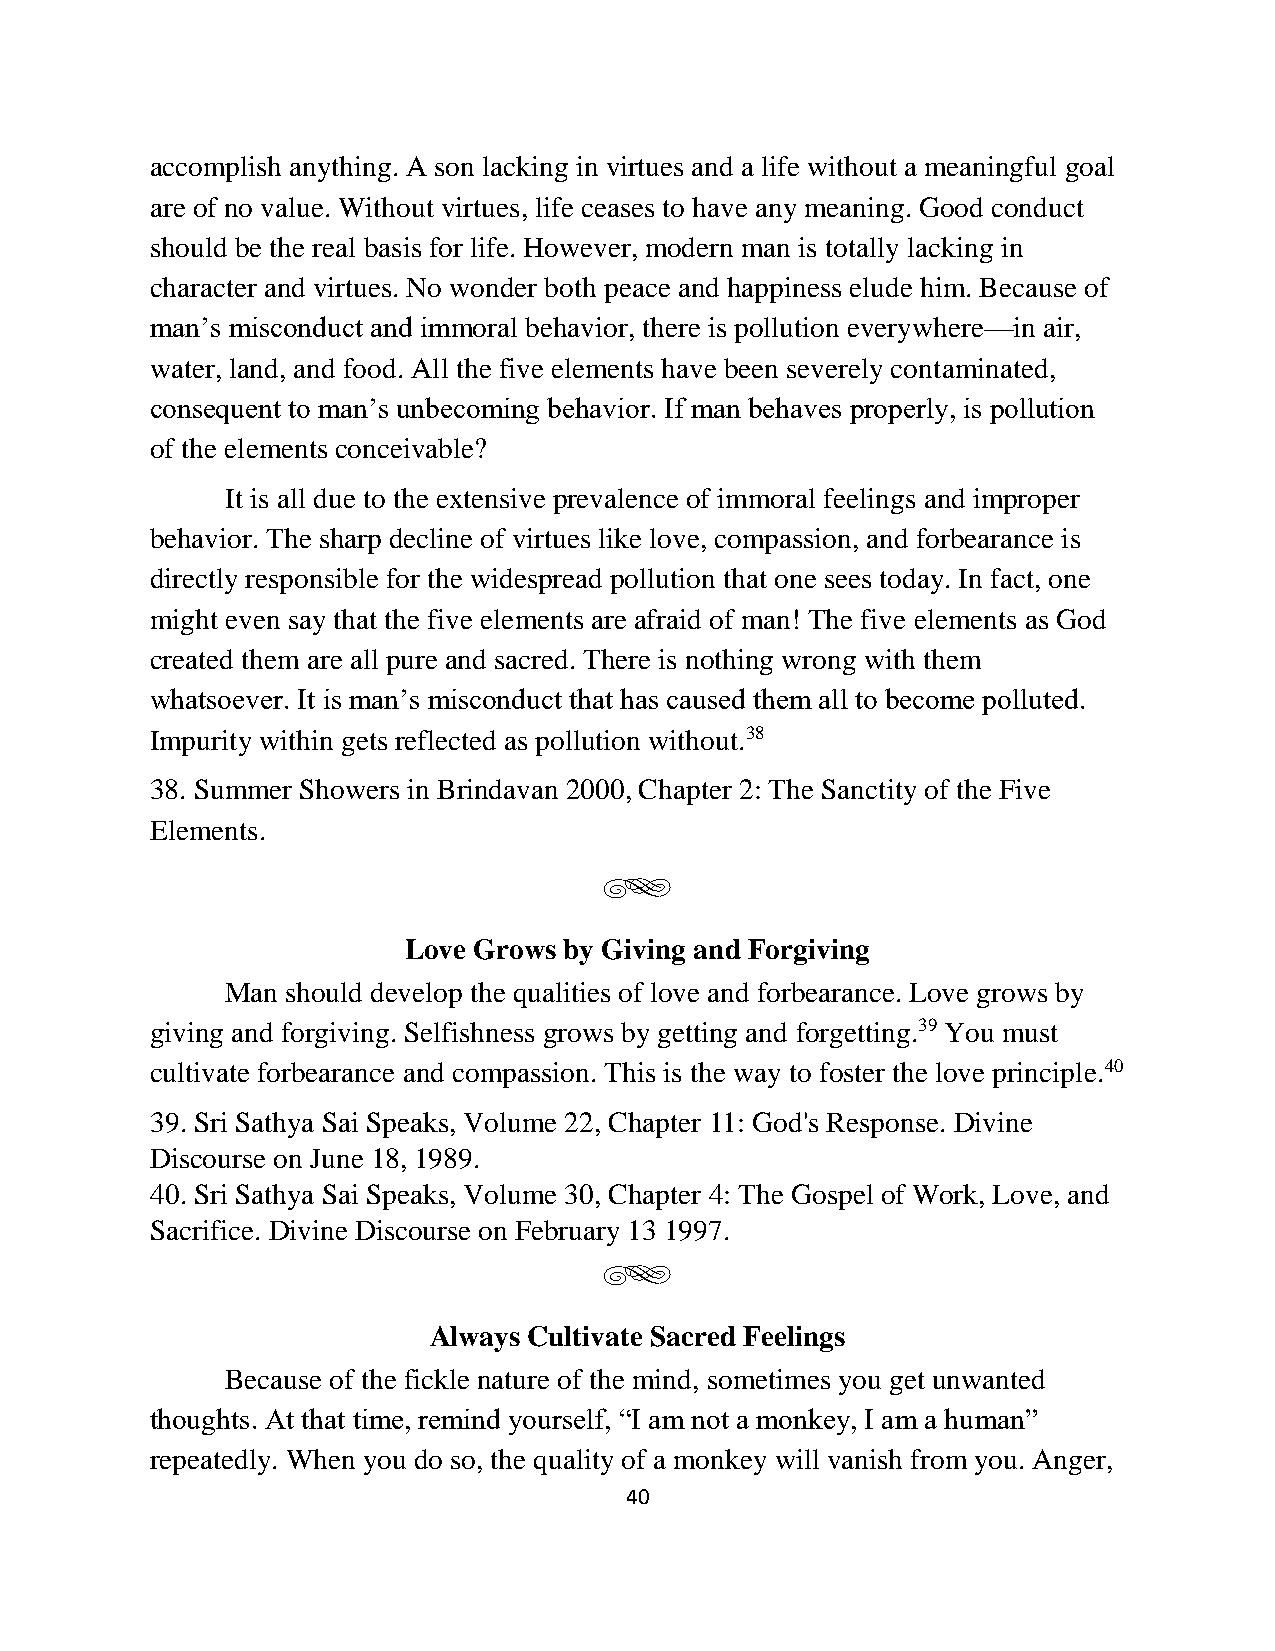
accomplish anything. A son lacking in virtues and a life without a meaningful goal
 are of no value. Without virtues, life ceases to have any meaning. Good conduct
 should be the real basis for life. However, modern man is totally lacking in
 character and virtues. No wonder both peace and happiness elude him. Because of
 man’s misconduct and immoral behavior, there is pollution everywhere—in air,
 water, land, and food. All the five elements have been severely contaminated,
 consequent to man’s unbecoming behavior. If man behaves properly, is pollution
 of the elements conceivable?
 It is all due to the extensive prevalence of immoral feelings and improper
 behavior. The sharp decline of virtues like love, compassion, and forbearance is
 directly responsible for the widespread pollution that one sees today. In fact, one
 might even say that the five elements are afraid of man! The five elements as God
 created them are all pure and sacred. There is nothing wrong with them
 whatsoever. It is man’s misconduct that has caused them all to become polluted.
 Impurity within gets reflected as pollution without.38
 38. Summer Showers in Brindavan 2000, Chapter 2: The Sanctity of the Five
 Elements.
 g
 Love Grows by Giving and Forgiving
 Man should develop the qualities of love and forbearance. Love grows by
 giving and forgiving. Selfishness grows by getting and forgetting.39 You must
 cultivate forbearance and compassion. This is the way to foster the love principle.40
 39. Sri Sathya Sai Speaks, Volume 22, Chapter 11: God's Response. Divine
 Discourse on June 18, 1989.
 40. Sri Sathya Sai Speaks, Volume 30, Chapter 4: The Gospel of Work, Love, and
 Sacrifice. Divine Discourse on February 13 1997.
 g
 Always Cultivate Sacred Feelings
 Because of the fickle nature of the mind, sometimes you get unwanted
 thoughts. At that time, remind yourself, “I am not a monkey, I am a human”
 repeatedly. When you do so, the quality of a monkey will vanish from you. Anger,
 40